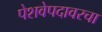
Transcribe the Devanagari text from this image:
पेशवेपदावरचा